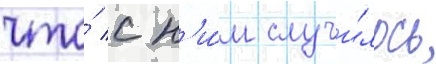
что́ с н'и́м случи́лось